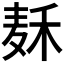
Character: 𱋌